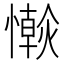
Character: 𢣴